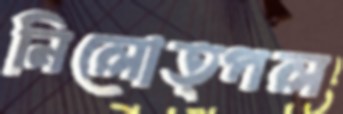
নিলোত্পল